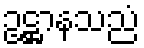
ဥဋ္ဌာနသညံ